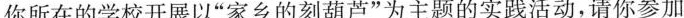
你所在的学校开展以”家乡的刻葫芦”为主题的实践活动，请你参加